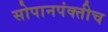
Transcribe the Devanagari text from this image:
सोपानपंक्तीच